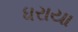
ધરાયા